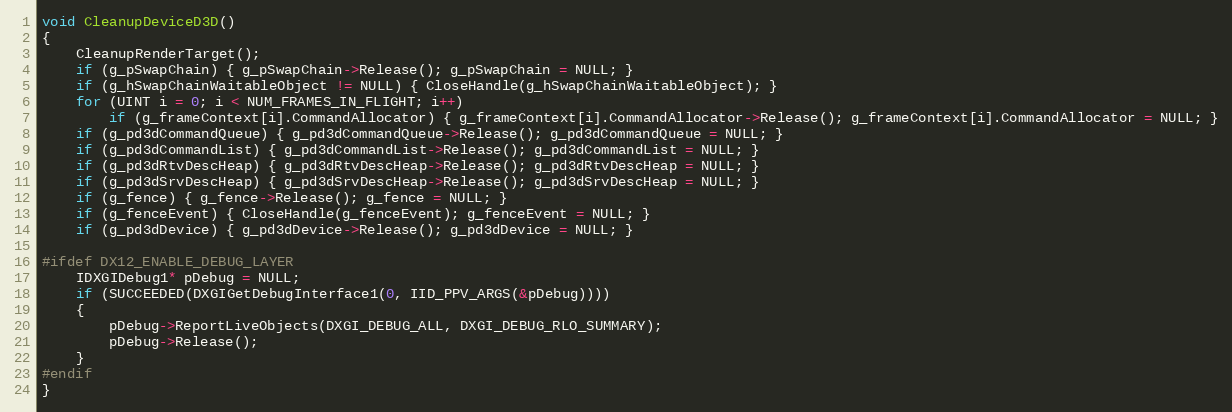
Language: C++
void CleanupDeviceD3D()
{
    CleanupRenderTarget();
    if (g_pSwapChain) { g_pSwapChain->Release(); g_pSwapChain = NULL; }
    if (g_hSwapChainWaitableObject != NULL) { CloseHandle(g_hSwapChainWaitableObject); }
    for (UINT i = 0; i < NUM_FRAMES_IN_FLIGHT; i++)
        if (g_frameContext[i].CommandAllocator) { g_frameContext[i].CommandAllocator->Release(); g_frameContext[i].CommandAllocator = NULL; }
    if (g_pd3dCommandQueue) { g_pd3dCommandQueue->Release(); g_pd3dCommandQueue = NULL; }
    if (g_pd3dCommandList) { g_pd3dCommandList->Release(); g_pd3dCommandList = NULL; }
    if (g_pd3dRtvDescHeap) { g_pd3dRtvDescHeap->Release(); g_pd3dRtvDescHeap = NULL; }
    if (g_pd3dSrvDescHeap) { g_pd3dSrvDescHeap->Release(); g_pd3dSrvDescHeap = NULL; }
    if (g_fence) { g_fence->Release(); g_fence = NULL; }
    if (g_fenceEvent) { CloseHandle(g_fenceEvent); g_fenceEvent = NULL; }
    if (g_pd3dDevice) { g_pd3dDevice->Release(); g_pd3dDevice = NULL; }

#ifdef DX12_ENABLE_DEBUG_LAYER
    IDXGIDebug1* pDebug = NULL;
    if (SUCCEEDED(DXGIGetDebugInterface1(0, IID_PPV_ARGS(&pDebug))))
    {
        pDebug->ReportLiveObjects(DXGI_DEBUG_ALL, DXGI_DEBUG_RLO_SUMMARY);
        pDebug->Release();
    }
#endif
}